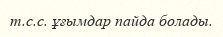
т.с.с. ұғымдар пайда болады.